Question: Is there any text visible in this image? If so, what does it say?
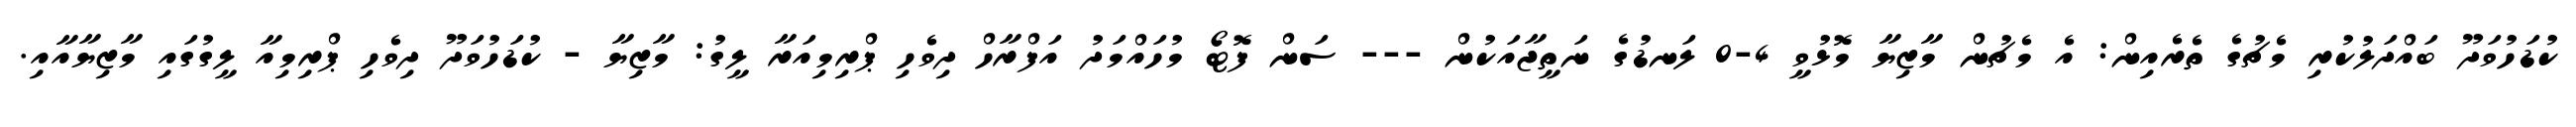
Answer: ކުޑަހުވަދޫ ބައްދަލުކުރި މެޗުގެ ތެރެއިން: އެ މެޗުން މާޒިޔާ މޮޅުވީ 4-0 ލަނޑުގެ ނަތީޖާއަކުން --- ސަން ފޮޓޯ މުހައްމަދު އަފްރާހް ދިވެހި ޕްރިމިއަރާ ލީގު: މާޒިޔާ - ކުޑަހުވަދޫ ދިވެހި ޕްރިމިއާ ލީގުގައި މާޒިޔާއާއި.